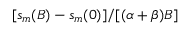
[ s _ { m } ( B ) - s _ { m } ( 0 ) ] / [ ( \alpha + \beta ) B ]